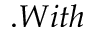
. W i t h